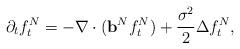
LaTeX: \begin{align*}\label[Ieq]{eq:liouvillemckean}\partial_t f^N_t = -\nabla\cdot(\mathbf{b}^N f^N_t) + \frac{\sigma^2}{2}\Delta f^N_t,\end{align*}